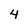
Character: 4